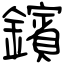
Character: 鑌